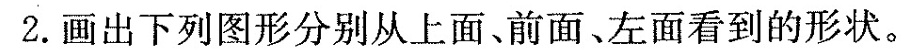
2. 画出下列图形分别从上面、前面、左面看到的形状。